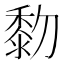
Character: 𪏯